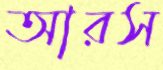
আরস